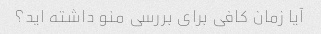
آیا زمان کافی برای بررسی منو داشته اید؟